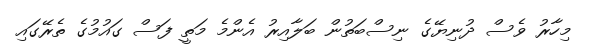
މިހާރު ވެސް ދުނިޔޭގެ ނިސްބަތުން ބަލާއިރު އެންމެ މަތީ ފަސް ގައުމުގެ ތެރޭގައި